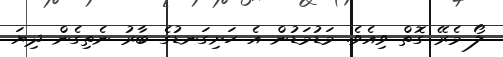
ލޯ މެރޭ ގޮތް ވިއެވެ. މަޑުމަޑުން އެ ހަށިގަނޑުގެ ބާރު ނެތިގެން ދިޔަ